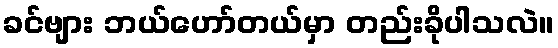
ခင်ဗျား ဘယ်ဟော်တယ်မှာ တည်းခိုပါသလဲ။